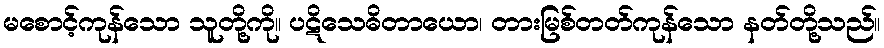
မစောင့်ကုန်သော သူတို့ကို။ ပဋိသေဓိတာယော၊ တားမြစ်တတ်ကုန်သော နတ်တို့သည်။